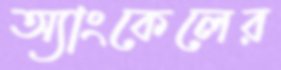
অ্যাংকেলের